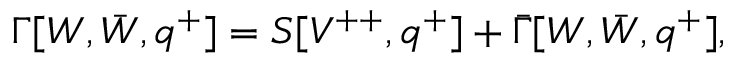
\Gamma [ W , \bar { W } , q ^ { + } ] = S [ V ^ { + + } , q ^ { + } ] + \bar { \Gamma } [ W , \bar { W } , q ^ { + } ] ,